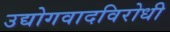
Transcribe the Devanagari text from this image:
उद्योगवादविरोधी